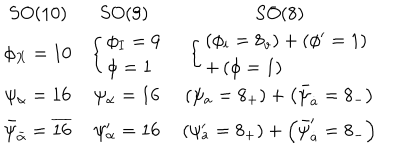
\begin{array} { c c c } { { S O ( 1 0 ) } } & { { S O ( 9 ) \begin{array} { l } \end{array} } } & { { S O ( 8 ) } } \\ { { \phi _ { X } = 1 0 } } & { { \left\{ \begin{array} { l } { { \phi _ { I } = 9 } } \\ { { \phi = 1 } } \\ \end{array} \right. } } & { { \left\{ \begin{array} { l } { { \left( \phi _ { i } = 8 _ { v } \right) + \left( \phi ^ { \prime } = 1 \right) } } \\ { { + \left( \phi = 1 \right) } } \\ \end{array} \right. } } \\ { { \psi _ { \alpha } = 1 6 } } & { { \psi _ { \alpha } = 1 6 } } & { { \left( \psi _ { a } = 8 _ { + } \right) + \left( \bar { \psi } _ { \dot { a } } = 8 _ { - } \right) } } \\ { { \bar { \psi } _ { \bar { \alpha } } = \overline { { { 1 6 } } } } } & { { \psi _ { \alpha } ^ { \prime } = 1 6 } } & { { \left( \psi _ { a } ^ { \prime } = 8 _ { + } \right) + \left( \bar { \psi } _ { \dot { a } } ^ { \prime } = 8 _ { - } \right) } } \\ \end{array}